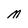
Character: M